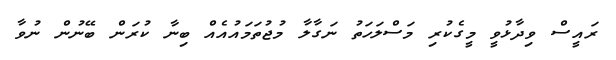
ރައީސް ވިދާޅުވީ މީގެކުރި މަސްލަހަތު ނަގާލާ މުޖުތަމައުއެއް ބިނާ ކުރަން ބޭނުން ނުވާ